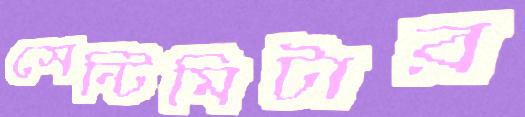
সেন্টিমিটার